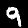
Label: 9